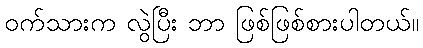
ဝက်သားက လွဲပြီး ဘာ ဖြစ်ဖြစ်စားပါတယ်။